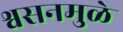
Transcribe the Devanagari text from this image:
श्वसनमुळे